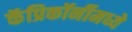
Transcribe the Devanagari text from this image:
कॅप्रिकॉर्नीमध्ये